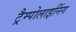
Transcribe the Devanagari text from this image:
ट्रैम्पोलाइनिंग